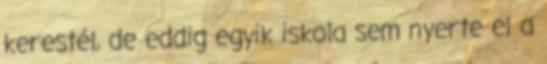
kerestél, de eddig egyik iskola sem nyerte el a